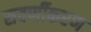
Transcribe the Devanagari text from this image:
सवर्णीकरण